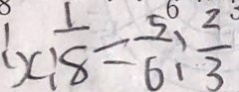
: x : \frac { 1 } { 8 } = \frac { 5 } { 6 } : \frac { 2 } { 3 }